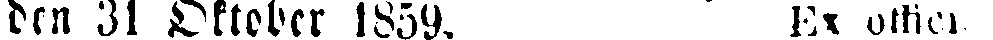
den 31 Oktober 1859. Ex offici